EELK_Kaarma_kogudus, lk 91
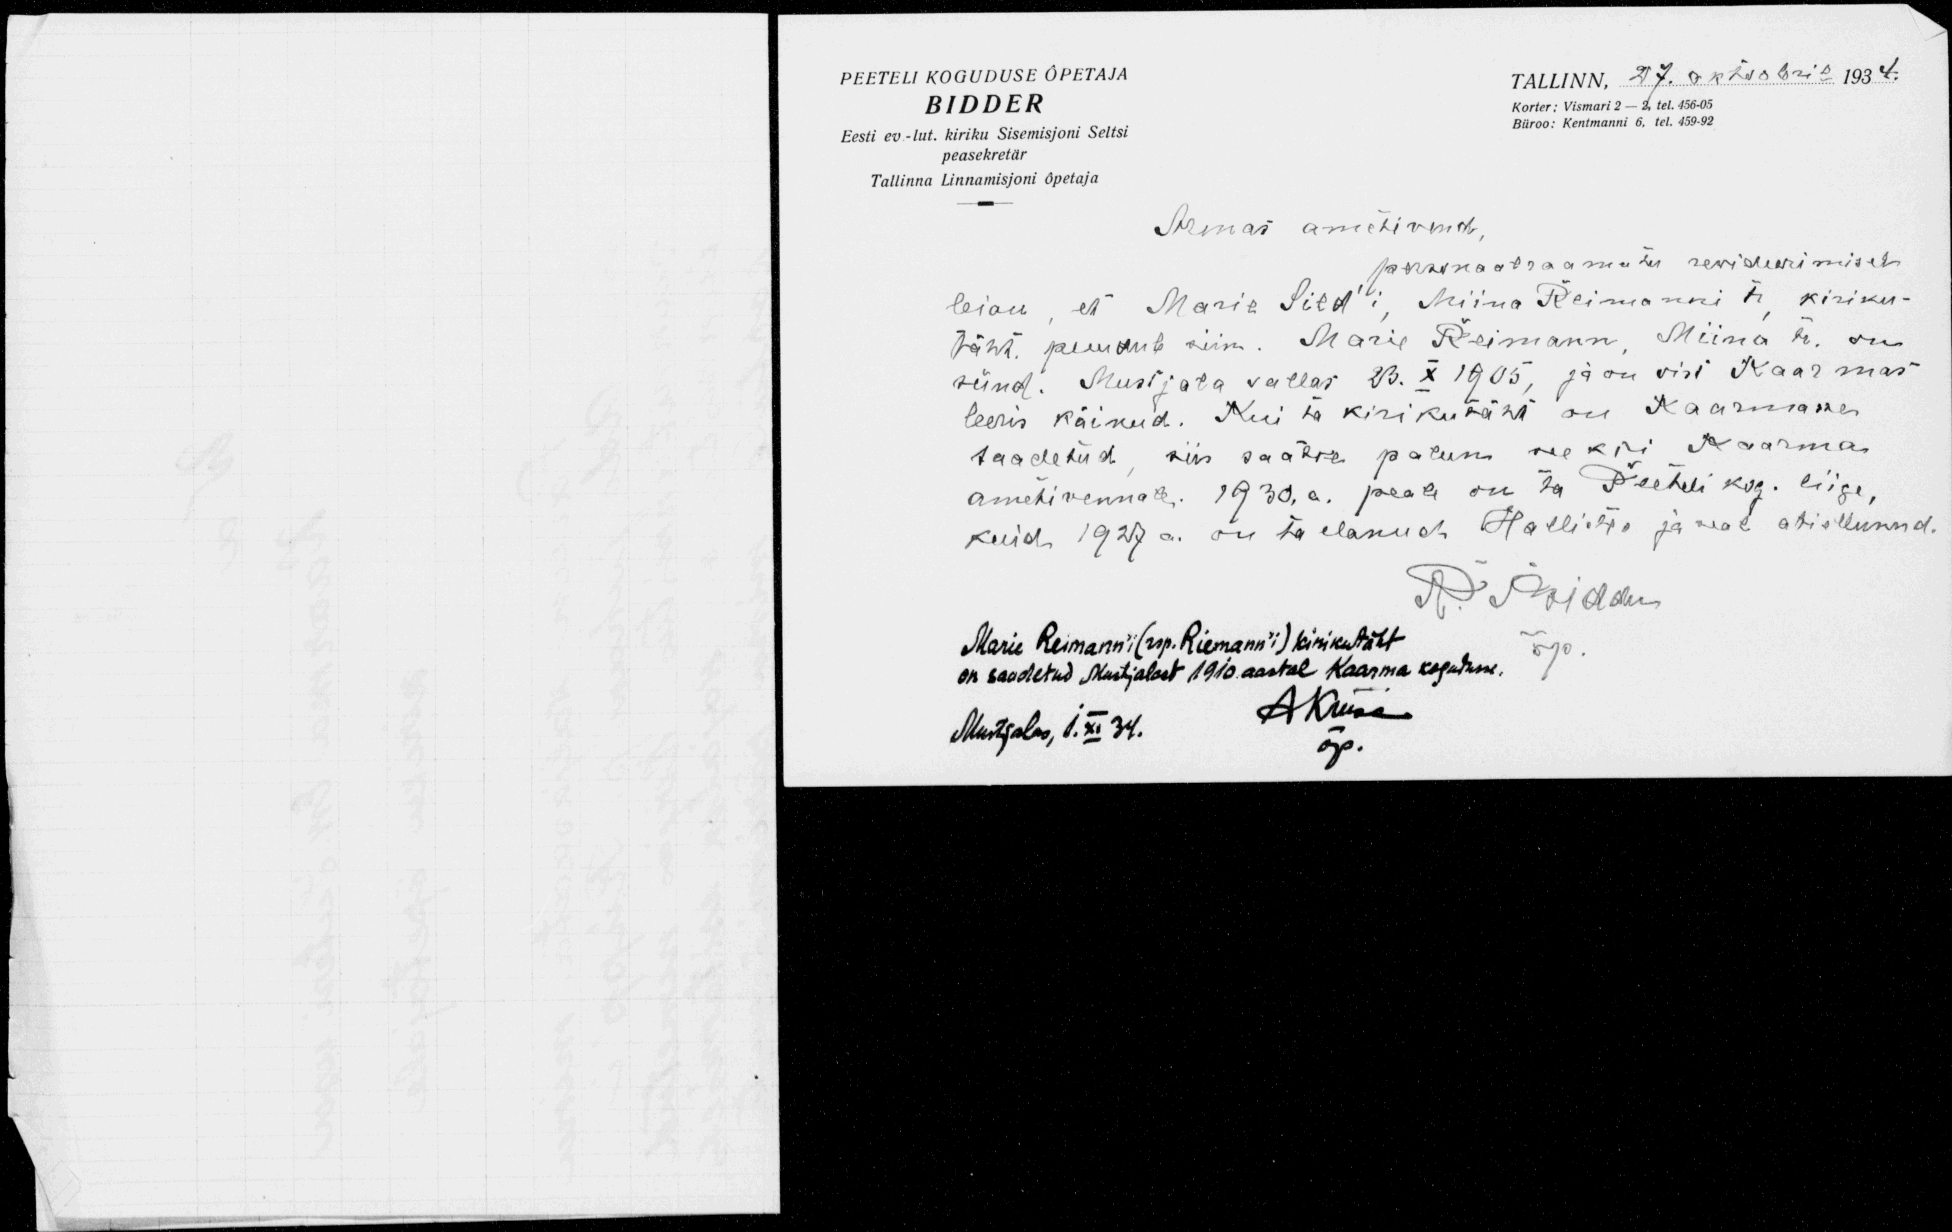
PEETELI KOGUDUSE ÕPETAJA
Tallinn, 27. oktoobril 1934.
BIDDER
Korter: Vismari 2-2, tel. 456-05
Eesti ev.-lut. kiriku Sisemisjoni Seltsi
Büroo: Kentmanni 6. tel. 459-92
peasekretär
Tallinna Linnamisjoni õpetaja
Armas ametivend
personaalraamatu rewideerimiseks
leian, et Marie Sild'i, Miina Reimanni tr. kiriku-
täht puudub siin. Marie Reimann, Miina tr. on
sünd. Mustjala vallas 23. X 1905, ja on vist Kaarmas
leeris käinud. Kui ta kirikutäht on Kaarmasse
saadetud, siis saatke palun  see kiri Kaarma
ametivennale, 1930. a. peale on ta Peeteli kog. liige,
kuid 1927 a. on ta elanud. Hallistes ja seal abiellunud.
R. Spuhlau
Marie Reimanni (rsp. Riemann'i) kirikutäht
on saadetud Mustjalast 1910 aastal Kaarma kogudusse.
Akusa
Mustjalas, 1.XI 34.
õp.